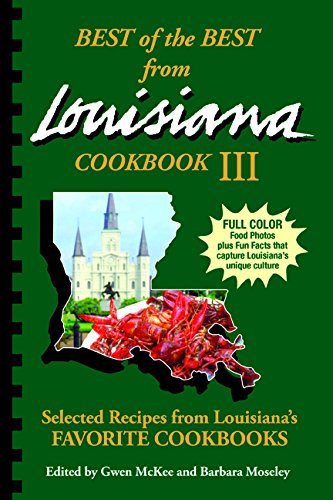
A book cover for Best of the Best from Louisiana III (Best of the Best State Cookbook); Gwen McKee; Cookbooks, Food & Wine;